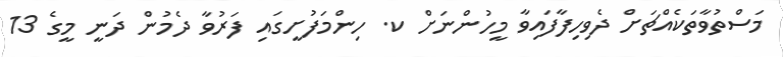
މަސްތުވާތަކެއްޗަށް ދެވިހިފާފައިވާ މީހުންނަށް ކ. ހިންމަފުށީގައި ފަރުވާ ދެމުން ދަނީ މީގެ 13